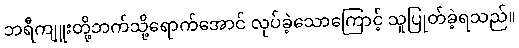
ဘရီကျူးတို့ဘက်သို့ရောက်အောင် လုပ်ခဲ့သောကြောင့် သူပြုတ်ခဲ့ရသည်။